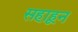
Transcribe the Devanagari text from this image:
सहाहून